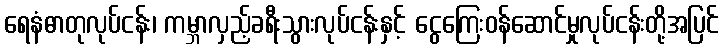
ရေနံဓာတုလုပ်ငန်း၊ ကမ္ဘာလှည့်ခရီးသွားလုပ်ငန်းနှင့် ငွေကြေးဝန်ဆောင်မှုလုပ်ငန်းတို့အပြင်